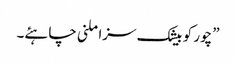
”چور کو بیشک سزا ملنی چاہئے۔